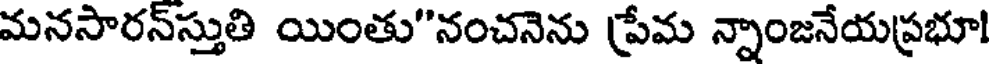
మనసారన్స్తుతి యింతు"నంచనెను ప్రేమ న్నాంజనేయప్రభూ!